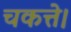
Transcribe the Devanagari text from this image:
चकत्ते।